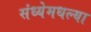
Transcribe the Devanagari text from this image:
संध्येमधल्या